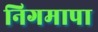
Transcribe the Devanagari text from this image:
निगमापा